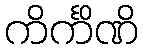
ကိင်္ကိဏိ